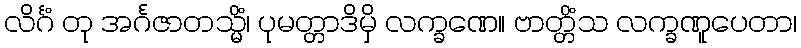
လိင်္ဂံ တု အင်္ဂဇာတသ္မိံ၊ ပုမတ္တာဒိမှိ လက္ခဏေ။ ဗာတ္တိံသ လက္ခဏူပေတာ၊